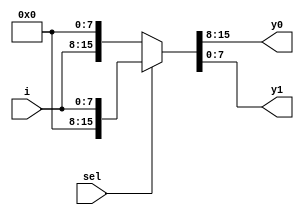
module demux_1_2(
 input sel,
  input [7:0]i,
  output [7:0]y0, y1);
 
  assign {y0,y1} = sel?{8'b0,i}: {i,8'b0};
endmodule
module demux_1_4_using_1_2(
  input [1:0]sel,
  input [7:0]i,
  output [7:0]y[0:3]);
  wire [7:0]x1,x2;
  
  demux_1_2 m1(sel[1],i,x1,x2);
  demux_1_2 m2(sel[0],x1,y[0],y[1]);
  demux_1_2 m3(sel[0],x2,y[2],y[3]);
  
endmodule